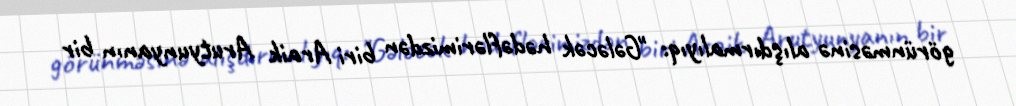
görünməsinə alışdırmalıyıq: "Gələcək hədəflərimizdən biri Araik Arutyunyanın bir